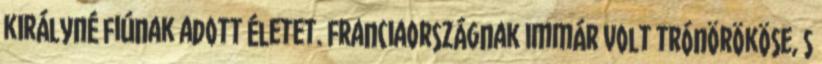
királyné fiúnak adott életet. Franciaországnak immár volt trónörököse, s